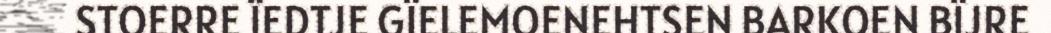
STOERRE ÏEDTJE GÏELEMOENEHTSEN BARKOEN BÏJRE